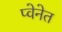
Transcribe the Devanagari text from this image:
प्वेनेत